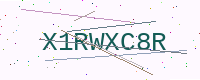
Text: X1RWXC8R